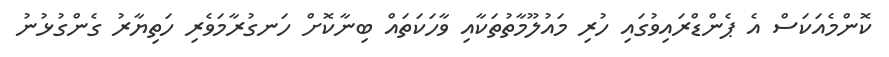
ކޮންމެއަކަސް އެ ޕެންޑްރައިވުގައި ހުރި މައުލޫމާތުތަކާއި ވާހަކަތައް ބިނާކޮށް ހަނގުރާމަވެރި ހަތިޔާރު ގެންގުޅުނު